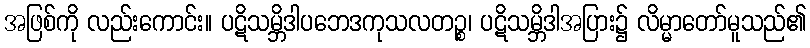
အဖြစ်ကို လည်းကောင်း။ ပဋိသမ္ဘိဒါပဘေဒကုသလတဉ္စ၊ ပဋိသမ္ဘိဒါအပြား၌ လိမ္မာတော်မူသည်၏